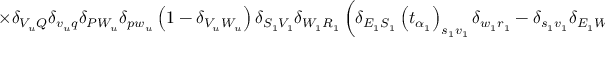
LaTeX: \times \delta _ { V _ { u } Q } \delta _ { v _ { u } q } \delta _ { P W _ { u } } \delta _ { p w _ { u } } \left( 1 - \delta _ { V _ { u } W _ { u } } \right) \delta _ { S _ { 1 } V _ { 1 } } \delta _ { W _ { 1 } R _ { 1 } } \left( \delta _ { E _ { 1 } S _ { 1 } } \left( t _ { \alpha _ { 1 } } \right) _ { s _ { 1 } v _ { 1 } } \delta _ { w _ { 1 } r _ { 1 } } - \delta _ { s _ { 1 } v _ { 1 } } \delta _ { E _ { 1 } W _ { 1 } } \left( t _ { \alpha _ { 1 } } \right) _ { w _ { 1 } r _ { 1 } } \right) \times